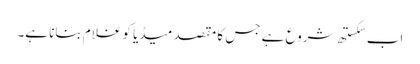
اب سکستھ شروع ہے جس کا مقصد میڈیا کو غلام بنانا ہے۔